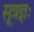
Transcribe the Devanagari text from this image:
सूत्रज्ञः